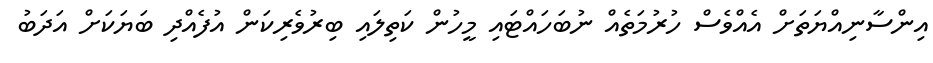
އިންސާނިއްޔަތަށް އެއްވެސް ހުރުމަތެއް ނުބަހައްޓައި މީހުން ކަތިލައި ބިރުވެރިކަން އުފެއްދި ބަޔަކަށް އަދަބު